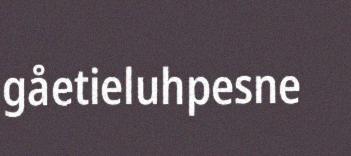
gåetieluhpesne